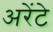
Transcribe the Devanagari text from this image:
अरेंटे